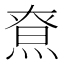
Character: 𤋯